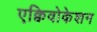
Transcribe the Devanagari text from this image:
एक्विवोकेशन